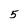
Character: 5